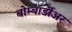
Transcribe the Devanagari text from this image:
बोम्बार्डीअर